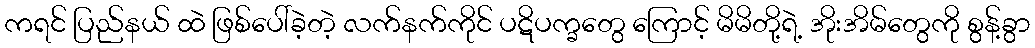
ကရင် ပြည်နယ် ထဲ ဖြစ်ပေါ်ခဲ့တဲ့ လက်နက်ကိုင် ပဋိပက္ခတွေ ကြောင့် မိမိတို့ရဲ့ အိုးအိမ်တွေကို စွန့်ခွာ